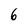
Character: 6